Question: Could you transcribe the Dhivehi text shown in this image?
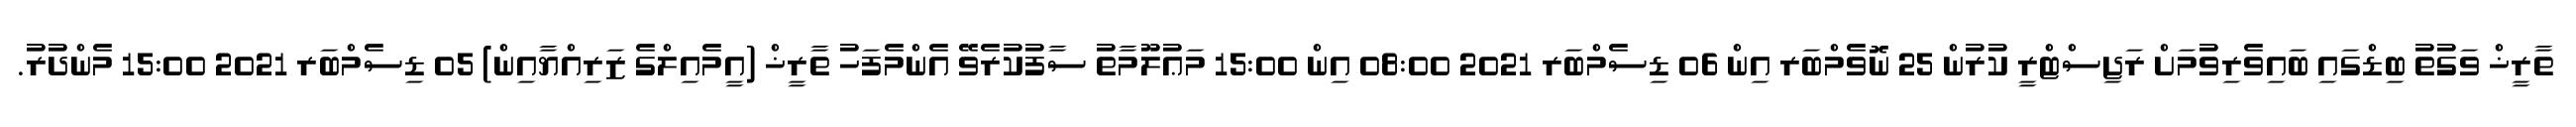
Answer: ތާރީޚް ވަގުތު ބިޑްގައި ބައިވެރިވުމަށް ރަޖިސްޓްރީ ކުރުން 25 ނޮވެމްބަރ އިން 06 ޑިސެމްބަރ 2021 08:00 އިން 15:00 މަޢުލޫމާތު ސާފުކުރެވޭ އެންމެފަހު ތާރީޚް (އީމެއިލްގެ ޒަރިއްޔާއިން) 05 ޑިސެމްބަރ 2021 15:00 މެންދުރު.